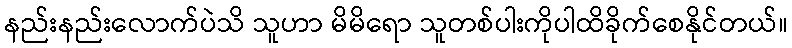
နည်းနည်းလောက်ပဲသိ သူဟာ မိမိရော သူတစ်ပါးကိုပါထိခိုက်စေနိုင်တယ်။